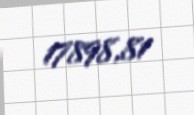
17898,81